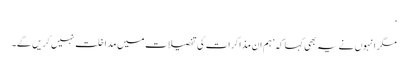
‘
مگر انہوں نے یہ بھی کہا کہ ’ہم ان مذاکرات کی تفصیلات میں مداخلت نہیں کریں گے۔